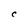
Character: c